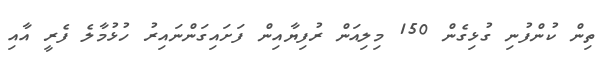
ތިން ކުންފުނި ގުޅިގެން 150 މިލިއަން ރުފިޔާއިން ފަށައިގަންނައިރު ހުޅުމާލެ ފެރީ އާއި